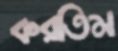
করতিম